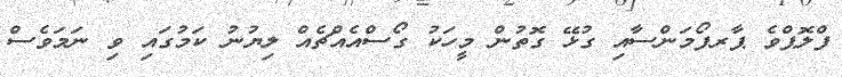
ފްލޮޕްވެ ޕާރފޯމަންސާއި ގުޅޭ ގޮތުން މީހަކު ގޯސްއެއްޗެއް ލިޔުނު ކަމުގައި ވި ނަމަވެސް